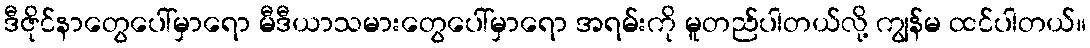
ဒီဇိုင်နာတွေပေါ်မှာရော မီဒီယာသမားတွေပေါ်မှာရော အရမ်းကို မူတည်ပါတယ်လို့ ကျွန်မ ထင်ပါတယ်။